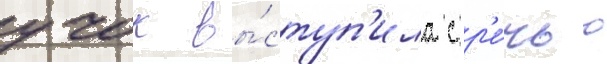
учок вы́ступ'ила с р'е́чью